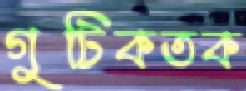
গুটিকতক